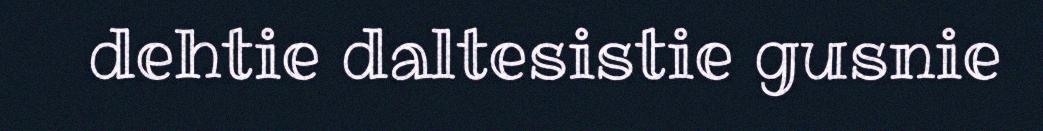
dehtie daltesistie gusnie